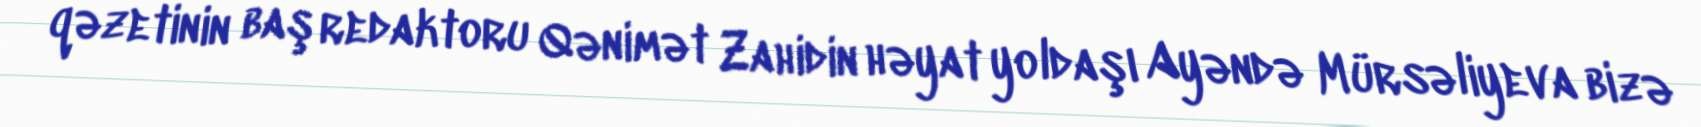
qəzetinin baş redaktoru Qənimət Zahidin həyat yoldaşı Ayəndə Mürsəliyeva bizə